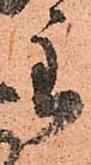
主